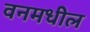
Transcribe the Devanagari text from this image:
वनमधील